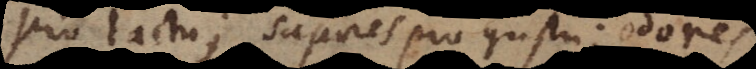
pro tactu; sapores pro gustu; odores